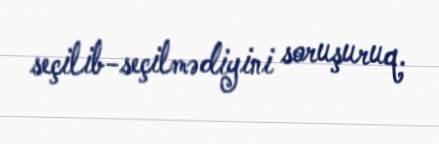
seçilib-seçilmədiyini soruşuruq.